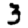
Digit: 3